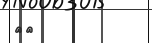
٨١